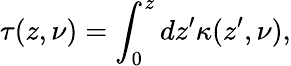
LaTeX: \tau(z,\nu)=\int_{0}^{z}dz^{\prime}\kappa(z^{\prime},\nu),